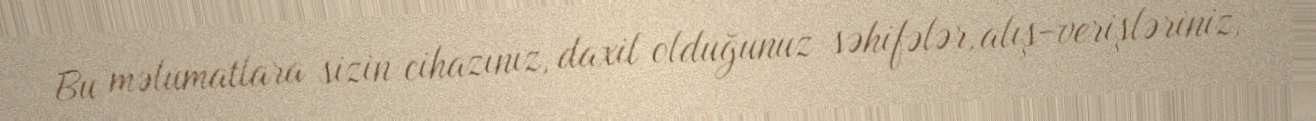
Bu məlumatlara sizin cihazınız, daxil olduğunuz səhifələr, alış-verişləriniz,